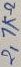
Text: 2,7KΩ